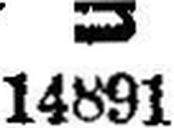
14891